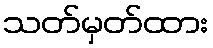
သတ်မှတ်ထား